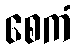
စေကံ